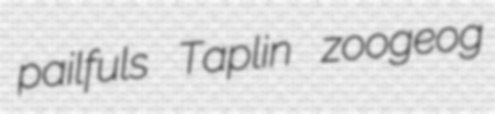
pailfuls Taplin zoogeog